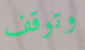
وتوقف